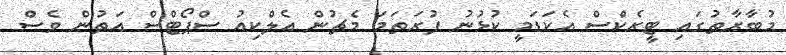
މުބާރާތުގައި ޓީރެކްސް އެކަޑަމީ ކުޅުނު ފުރަތަމަ މެޗުން އެލްކިއު ސްޕޯޓްސް އަތުން ވެސް